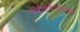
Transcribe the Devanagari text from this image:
कोर्टकचेर्‍यांमध्ये